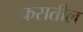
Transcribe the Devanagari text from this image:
फसतील